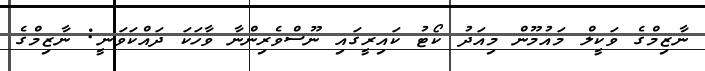
ނާޒިމްގެ ވަކީލް މައުމޫން މިއަދު ކޯޓު ކައިރީގައި ނޫސްވެރިންނާ ވާހަކަ ދައްކަވަނީ: ނާޒިމްގެ